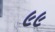
૯૯